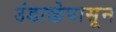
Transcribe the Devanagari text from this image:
उंडाऴेपासून